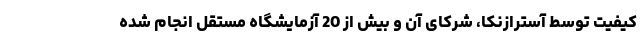
کیفیت توسط آسترازنکا، شرکای آن و بیش از 20 آزمایشگاه مستقل انجام شده